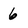
Character: 6